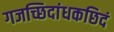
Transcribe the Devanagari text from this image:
गजच्छिदांधकछिदं